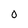
Character: O